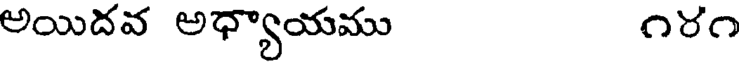
అయిదవ అధ్యాయము ౧రం